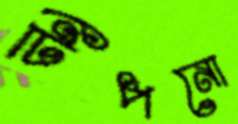
টিপনো